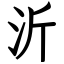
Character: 沂